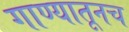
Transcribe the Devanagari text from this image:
गाण्यातूनच